system: You are a helpful assistant.
user:
Analyze the provided spectrum to determine if it is a **M-type Giant (gM)**.

A M-type Giant spectrum is defined by its **strong molecular absorption** features, particularly from **Titanium Oxide (TiO)**. You must check for one of the following mutually exclusive signatures:

- **Key Visual Indicators (Absorption-Dominated Spectrum):**

    - **(Primary):** The spectrum is dominated by strong molecular absorption from **Titanium Oxide (TiO)**. This is the **defining feature** of its M-type temperature class.
        - **(Key Bandheads):** Look for sharp, "saw-tooth" absorption valleys. The strongest are located near **~7050 Å**, **~6160 Å**, and **~5170 Å**.
        - **(Line Profile):** The "saw-tooth" morphology is critical: a **sharp, steep drop on the BLUE (short-wavelength) side** of the bandhead, followed by a gradual recovery (rising flux) towards the RED (long-wavelength) side.

    - **(Key Confirmation - Giant vs. Dwarf):** **ABSENCE** of strong **Calcium Hydride (CaH)** molecular bands. This is the primary diagnostic for *excluding* M-dwarfs.
        - **(Key Region):** The spectrum should lack the strong, broad absorption band seen in dwarfs between **~6800 Å and ~7000 Å**.

    - **(Secondary Confirmation - Giant):** A very strong and broad **Neutral Calcium (Ca I)** atomic absorption line.
        - **(Key Line):** Located at **~4226 Å**. In a giant (gM), this line is significantly deeper and broader than the same line in an M-dwarf (dM) due to low surface gravity.

    - **(Overall Spectrum):**
        - The continuum is **extremely red-sloping** (i.e., flux is very low in the blue and rises dramatically towards the red).
        - The entire spectrum appears "chopped up" by the deep TiO bands.

Think first, call **spectral_visualization_tool** if needed to examine features in detail, then provide your final answer. Your response must adhere to the following strict rules:
1.  **Overall Structure:** Your response must follow the format `<think>...</think> <tool_call>...</tool_call> (if a tool is used) <answer>...</answer>`.
2.  **Tool Usage Constraint:** You may only make **one** tool call per turn.
3.  **Final Answer Format:** In the `<answer>` tag, your conclusion must be inside a `\boxed{}` command (e.g., `\boxed{YES}` or `\boxed{NO}`), followed by your justification.

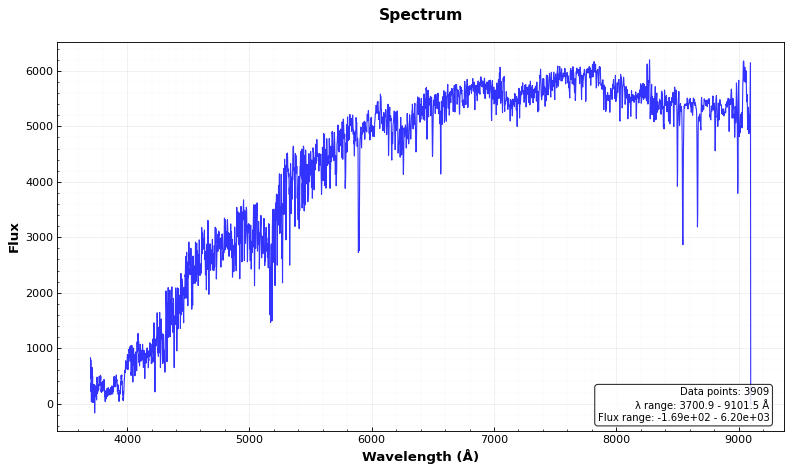
Answer: NO